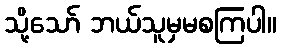
သို့သော် ဘယ်သူမှမစကြပါ။